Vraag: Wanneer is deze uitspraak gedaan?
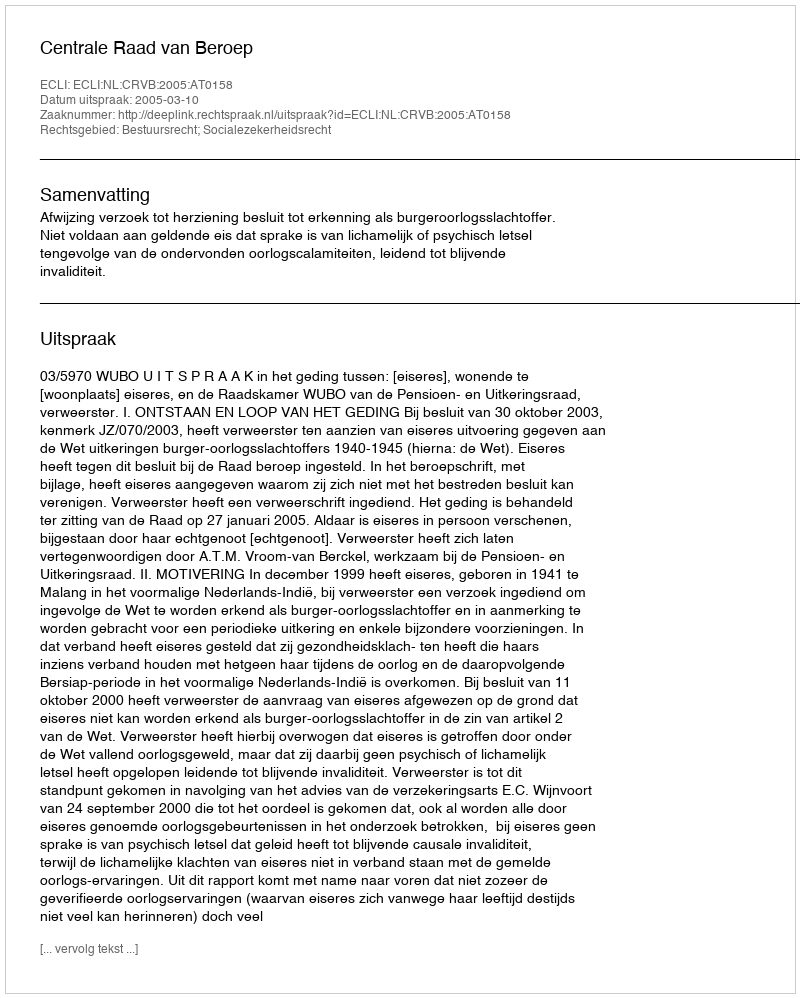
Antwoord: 2005-03-10